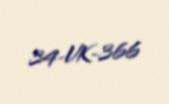
34-VK-366